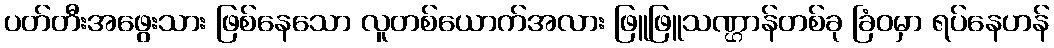
ပတ်တီးအဖွေးသား ဖြစ်နေသော လူတစ်ယောက်အလား ဖြူဖြူသဏ္ဌာန်တစ်ခု ခြံဝမှာ ရပ်နေဟန်